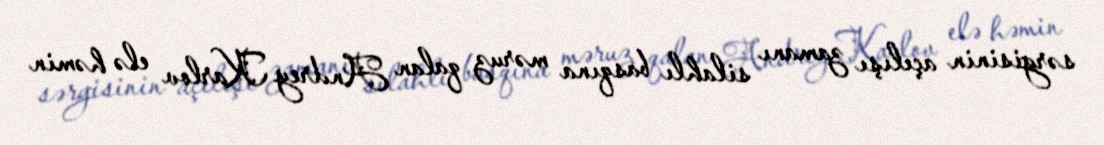
sərgisinin açılışı zamanı silahlı basqına məruz qalan Andrey Karlov elə həmin